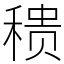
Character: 䅪